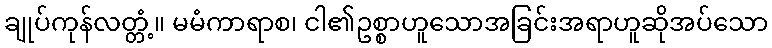
ချုပ်ကုန်လတ္တံ့။ မမံကာရာစ၊ ငါ၏ဥစ္စာဟူသောအခြင်းအရာဟူဆိုအပ်သော